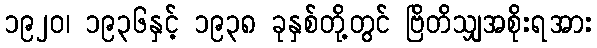
၁၉၂၀၊ ၁၉၃၆နှင့် ၁၉၃၈ ခုနှစ်တို့တွင် ဗြိတိသျှအစိုးရအား